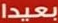
بعيدا